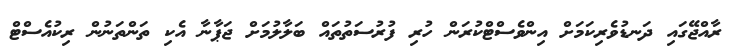
ރާއްޖޭގައި ދަނޑުވެރިކަމަށް އިންވެސްޓްކުރަން ހުރި ފުރުސަތުތައް ބަލާލުމަށް ޖަޕާނާ އެކި ތަންތަނުން ރިކުއެސްޓް